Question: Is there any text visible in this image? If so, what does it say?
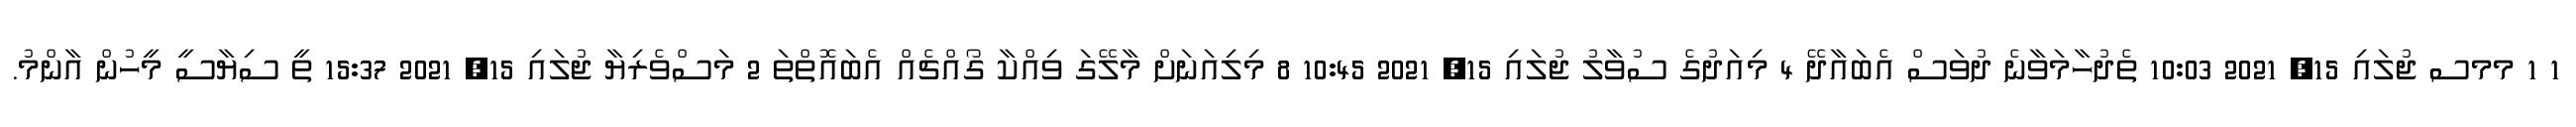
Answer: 1 1 މމސ ޖުލައި 15, 2021 10:03 ތެދުހާމަވާނެ ދުވަސް އެބައާދޭ 4 މިއަދުގެ ސުވާލު ޖުލައި 15, 2021 10:45 8 މިލިއަނަށް މާލޭގަ ވިއްކާ ގޯއްޗެއް އެބައޮތްތަ 2 މަސްވެރިޔާ ޖުލައި 15, 2021 15:37 ތީ ސިޔާސީ މީހުން އާންމު.